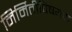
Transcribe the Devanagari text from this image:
निर्मितीविषयक